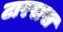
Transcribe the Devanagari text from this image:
टारसस